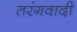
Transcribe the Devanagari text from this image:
तरंगवादी